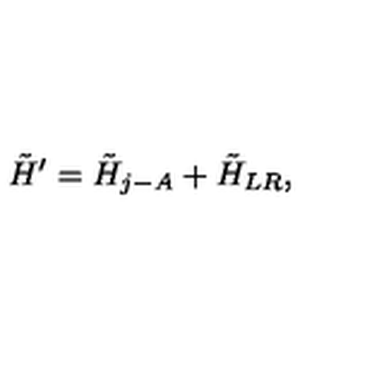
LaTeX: \tilde { H } ^ { \prime } = \tilde { H } _ { j - A } + \tilde { H } _ { L R } ,